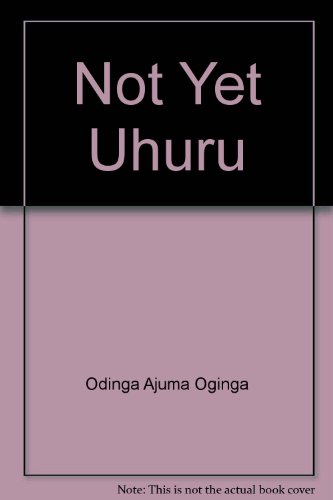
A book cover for Not Yet Uhuru: An autobiography; Oginga Odinga; History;